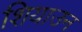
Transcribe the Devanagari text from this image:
शियाउन